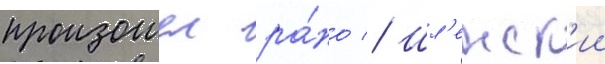
произошел ра́но // Шл'енск'ии